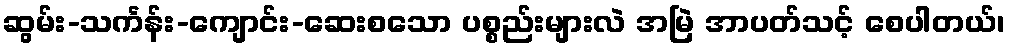
ဆွမ်း-သင်္ကန်း-ကျောင်း-ဆေးစသော ပစ္စည်းများလဲ အမြဲ အာပတ်သင့် စေပါတယ်၊